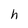
Character: h